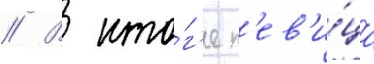
// В ито́г'е п'ев'и́ца